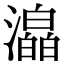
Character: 㵿